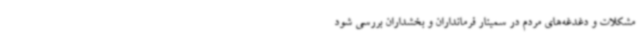
مشکلات و دغدغه‌های مردم در سمینار فرمانداران و بخشداران بررسی شود